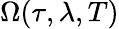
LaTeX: \Omega(\tau,\lambda,T)